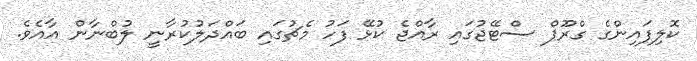
ކޮލިފައިންގެ ގްރޫޕް ސްޓޭޖުގައި ރާއްޖެ ކުޅޭ ފަހު މެޗުގައި ބައްދަލުކުރާނީ ލުބްނާން އާއެވެ.